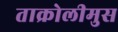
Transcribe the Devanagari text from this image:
ताक्रोलीमुस